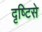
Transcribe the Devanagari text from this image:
दृष्‍टिसे